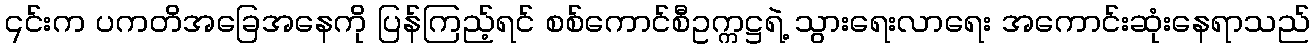
၎င်းက ပကတိအခြေအနေကို ပြန်ကြည့်ရင် စစ်ကောင်စီဥက္ကဋ္ဌရဲ့ သွားရေးလာရေး အကောင်းဆုံးနေရာသည်